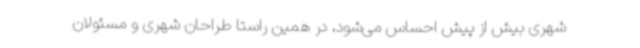
شهری بیش‌ از پیش احساس می‌شود، در همین راستا طراحان شهری و مسئولان